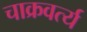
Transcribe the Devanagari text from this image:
चाक्रवर्त्य